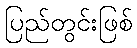
ပြည်တွင်းဖြစ်